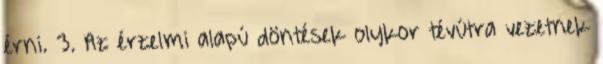
érni. 3. Az érzelmi alapú döntések olykor tévútra vezetnek